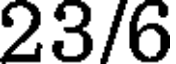
23/6